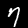
Digit: 7